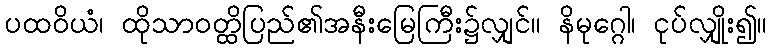
ပထဝိယံ၊ ထိုသာဝတ္ထိပြည်၏အနီးမြေကြီး၌လျှင်။ နိမုဂ္ဂေါ၊ ငုပ်လျှိုး၍။